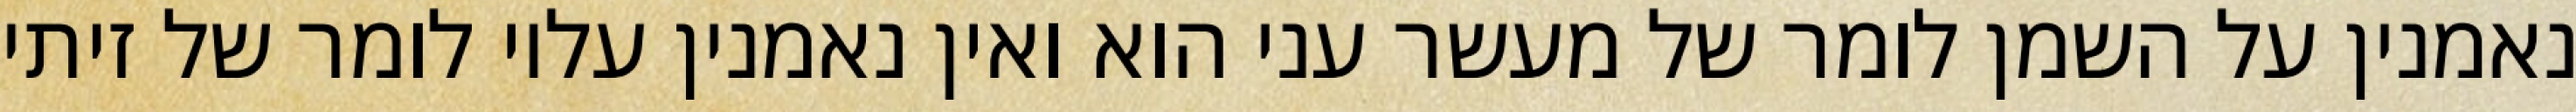
נאמנין על השמן לומר של מעשר עני הוא ואין נאמנין עליו לומר של זיתי